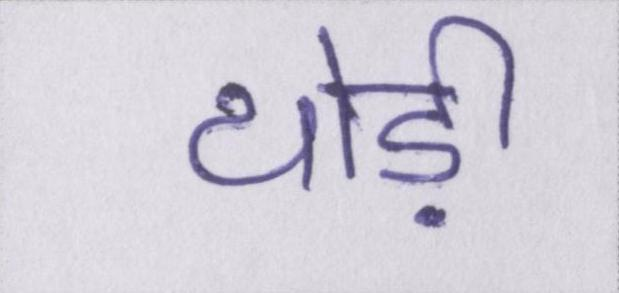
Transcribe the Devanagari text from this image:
थोड़ी